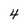
Character: 4